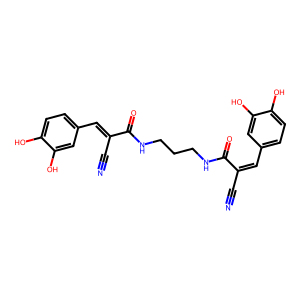
SMILES: N#CC(=Cc1ccc(O)c(O)c1)C(=O)NCCCNC(=O)C(C#N)=Cc1ccc(O)c(O)c1
Inhibits HIV replication: No